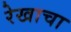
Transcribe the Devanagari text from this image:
रेखाचा